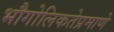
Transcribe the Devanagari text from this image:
भौगोलिकतेप्रमाणे